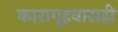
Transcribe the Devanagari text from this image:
कारागृहवासही